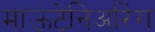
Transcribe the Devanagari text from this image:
माऊंटेनिअरिंग